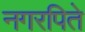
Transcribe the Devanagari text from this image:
नगरपिते